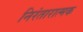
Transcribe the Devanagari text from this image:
निरंतारात्मक